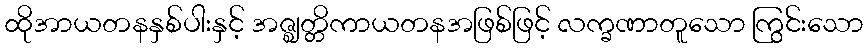
ထိုအာယတနနှစ်ပါးနှင့် အဇ္ဈတ္တိကာယတနအဖြစ်ဖြင့် လက္ခဏာတူသော ကြွင်းသော